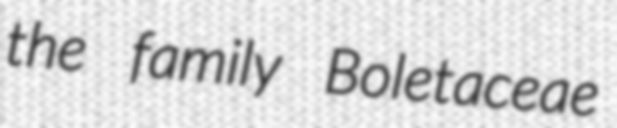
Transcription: the family Boletaceae